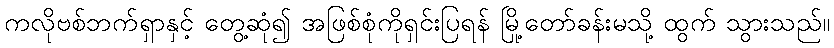
ကလိုဗစ်ဘက်ရှာနှင့် တွေ့ဆုံ၍ အဖြစ်စုံကိုရှင်းပြရန် မြို့တော်ခန်းမသို့ ထွက် သွားသည်။